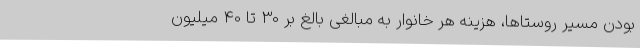
بودن مسیر روستاها، هزینه هر خانوار به مبالغی بالغ بر 30 تا 40 میلیون